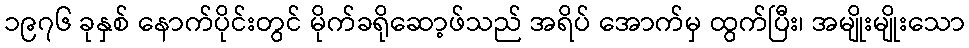
၁၉၇၆ ခုနှစ် နောက်ပိုင်းတွင် မိုက်ခရိုဆော့ဖ်သည် အရိပ် အောက်မှ ထွက်ပြီး၊ အမျိုးမျိုးသော